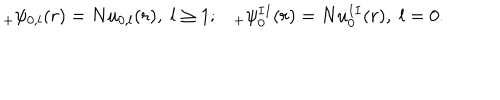
_ { + } \psi _ { 0 , l } ( r ) = N u _ { 0 , l } ( r ) { } , \; l \geq 1 ; _ { + } \psi _ { 0 } ^ { I I } ( r ) = N u _ { 0 } ^ { I I } ( r ) { } , \; l = 0 .